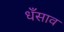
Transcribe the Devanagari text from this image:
धँसाव